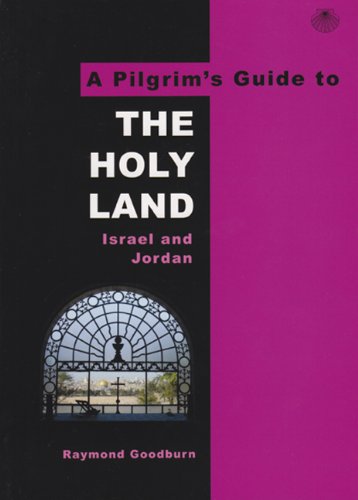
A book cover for Pilgrims Guide to the Holy Land (Pilgrim's Guides) (A Pilgrim's Guide to); Raymond Goodburn; Travel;